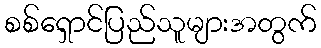
စစ်ရှောင်ပြည်သူများအတွက်